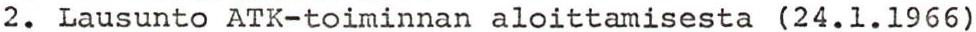
2. Lausunto ATK-toiminnan aloittamisesta (24.1.1966)